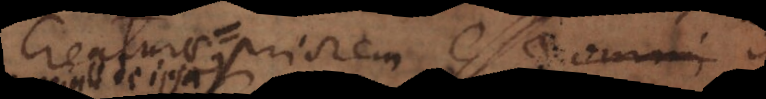
creaturae priorem esse omni